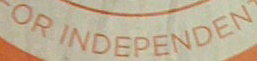
OR INDEPENDEN